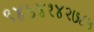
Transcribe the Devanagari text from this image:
९४५४१४२७८५